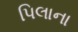
પિલાના